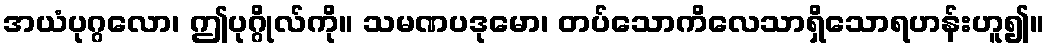
အယံပုဂ္ဂလော၊ ဤပုဂ္ဂိုလ်ကို။ သမဏပဒုမော၊ တပ်သောကိလေသာရှိသောရဟန်းဟူ၍။